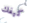
كيفك